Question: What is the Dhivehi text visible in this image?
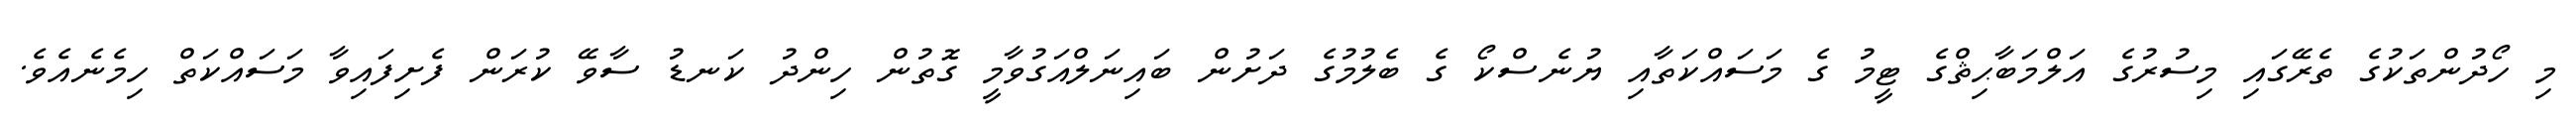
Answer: މި ހޯދުންތަކުގެ ތެރޭގައި މިސުރުގެ އަލްމަބާޙިޘްގެ ޓީމު ގެ މަސައްކަތާއި ޔުނެސްކޯ ގެ ބެލުމުގެ ދަށުން ބައިނަލްއަގުވާމީ ގޮތުން ހިންދު ކަނޑު ސާވޭ ކުރަން ފެށިފައިވާ މަސައްކަތް ހިމެނެއެވެ.